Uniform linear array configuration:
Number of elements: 48
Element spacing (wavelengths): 0.25
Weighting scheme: cosine
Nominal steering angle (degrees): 45
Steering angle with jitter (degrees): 45.703
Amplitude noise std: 0.05
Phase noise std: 0.05

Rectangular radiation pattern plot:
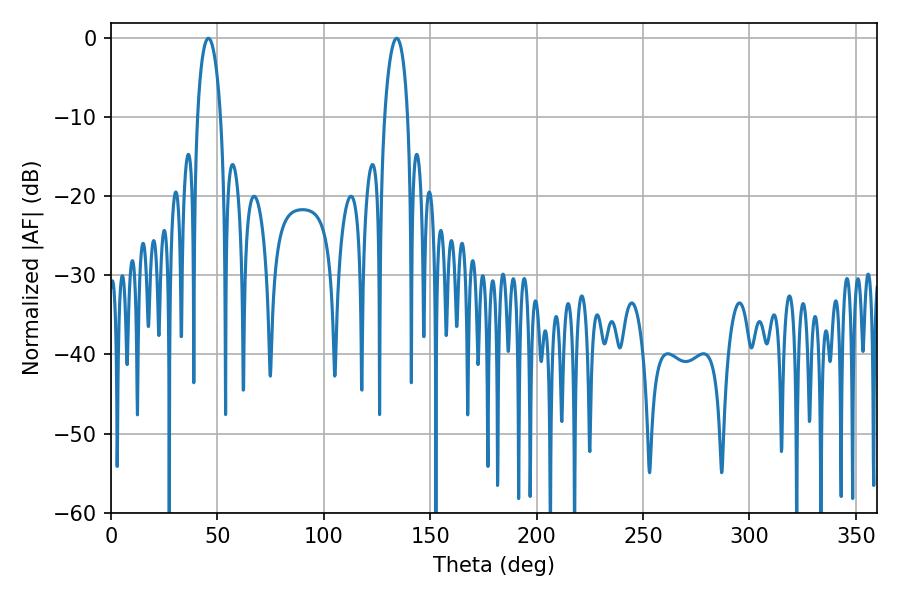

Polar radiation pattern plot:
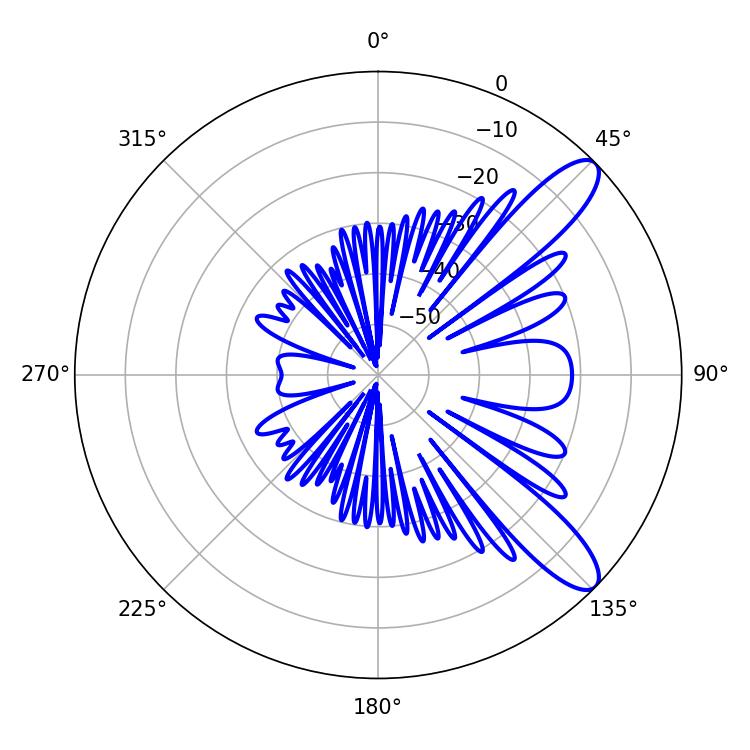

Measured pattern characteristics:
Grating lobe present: FALSE
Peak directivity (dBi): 10.612
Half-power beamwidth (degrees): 6.12
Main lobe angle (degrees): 45.72